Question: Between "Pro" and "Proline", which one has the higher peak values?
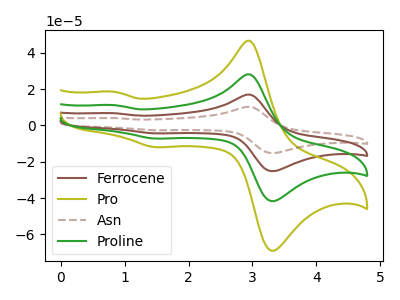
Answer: <think>The brown curve "Ferrocene" has anodic peaks at (2.95V, 56.20uA) (0.85V, 22.50uA) and cathodic peaks at (3.40V, -82.45uA) (1.50V, -14.45uA). The olive curve "Pro" has anodic peaks at (2.95V, 46.55uA) (0.85V, 18.60uA) and cathodic peaks at (3.40V, -68.25uA) (1.50V, -11.95uA). The brown dashed curve "Asn" has anodic peaks at (2.95V, 84.30uA) (0.85V, 33.70uA) and cathodic peaks at (3.40V, -123.65uA) (1.50V, -21.65uA). The green curve "Proline" has anodic peaks at (2.95V, 28.10uA) (0.85V, 11.25uA) and cathodic peaks at (3.40V, -41.20uA) (1.50V, -7.20uA).</think>
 <answer>Every peak in "Pro" is higher than every peak in "Proline".</answer>
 <eval>higher</eval>